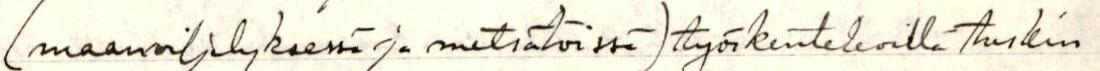
(maanviljelyksessä ja metsätöissä) työskentelevillä tuskin